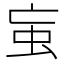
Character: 䖟